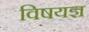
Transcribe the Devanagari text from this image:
विषयज्ञ